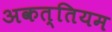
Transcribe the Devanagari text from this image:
अकत्तियम